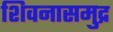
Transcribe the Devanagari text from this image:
शिवनासमुद्र